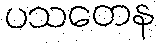
ပသတေန